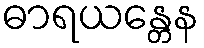
ဓာရယန္တေန